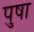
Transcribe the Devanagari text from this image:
पुषा